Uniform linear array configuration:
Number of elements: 4
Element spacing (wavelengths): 0.75
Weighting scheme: binomial
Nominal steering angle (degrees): -45
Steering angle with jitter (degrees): -43.678
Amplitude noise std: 0.05
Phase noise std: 0.05

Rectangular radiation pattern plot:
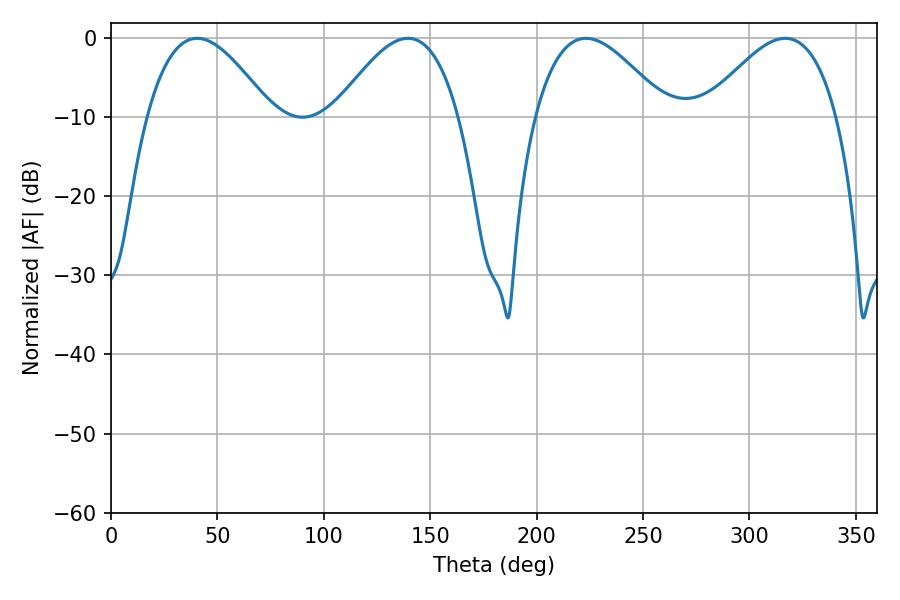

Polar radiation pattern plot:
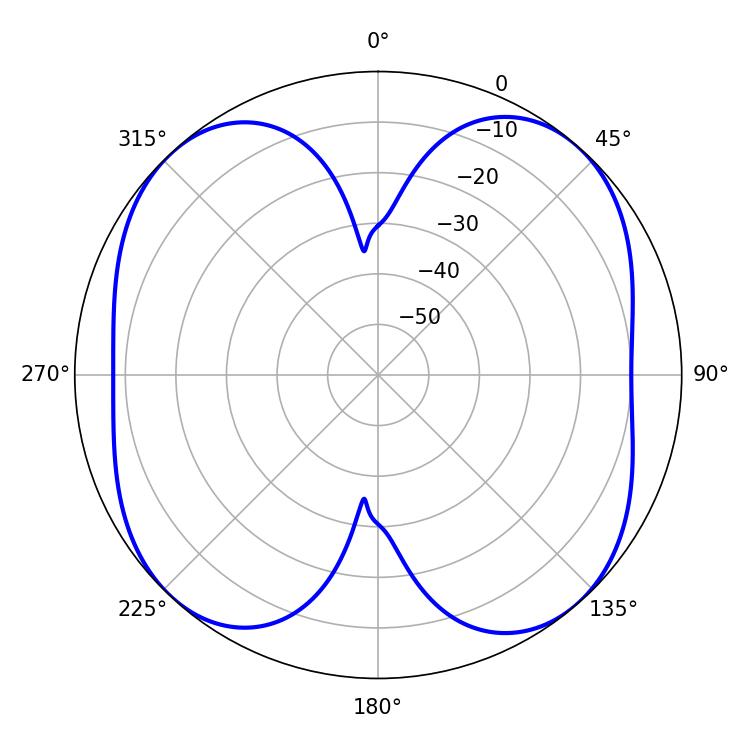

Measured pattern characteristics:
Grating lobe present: TRUE
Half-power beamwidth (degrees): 33.48
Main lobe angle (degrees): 223.2